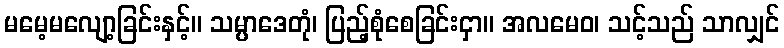
မမေ့မလျော့ခြင်းနှင့်။ သမ္ပာဒေတုံ၊ ပြည့်စုံစေခြင်းငှာ။ အလမေဝ၊ သင့်သည် သာလျှင်